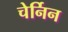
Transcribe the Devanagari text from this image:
चेर्निन